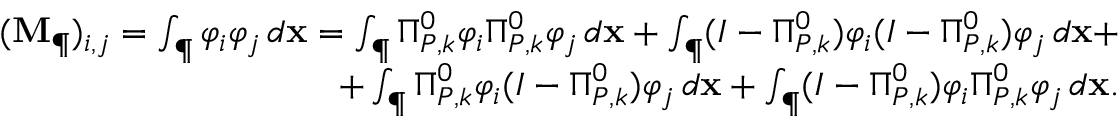
\begin{array} { r } { ( \mathbf { M } _ { \P } ) _ { i , j } = \int _ { \P } \varphi _ { i } \varphi _ { j } \, d \mathbf { x } = \int _ { \P } \Pi _ { { P } , k } ^ { 0 } \varphi _ { i } \Pi _ { { P } , k } ^ { 0 } \varphi _ { j } \, d \mathbf { x } + \int _ { \P } ( I - \Pi _ { { P } , k } ^ { 0 } ) \varphi _ { i } ( I - \Pi _ { { P } , k } ^ { 0 } ) \varphi _ { j } \, d \mathbf { x } + } \\ { + \int _ { \P } \Pi _ { { P } , k } ^ { 0 } \varphi _ { i } ( I - \Pi _ { { P } , k } ^ { 0 } ) \varphi _ { j } \, d \mathbf { x } + \int _ { \P } ( I - \Pi _ { { P } , k } ^ { 0 } ) \varphi _ { i } \Pi _ { { P } , k } ^ { 0 } \varphi _ { j } \, d \mathbf { x } . } \end{array}